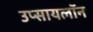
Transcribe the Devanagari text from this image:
उप्सायलॉन